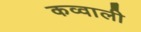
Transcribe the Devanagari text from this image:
कव्‍वाली